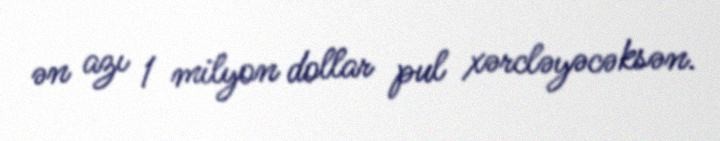
ən azı 1 milyon dollar pul xərcləyəcəksən.